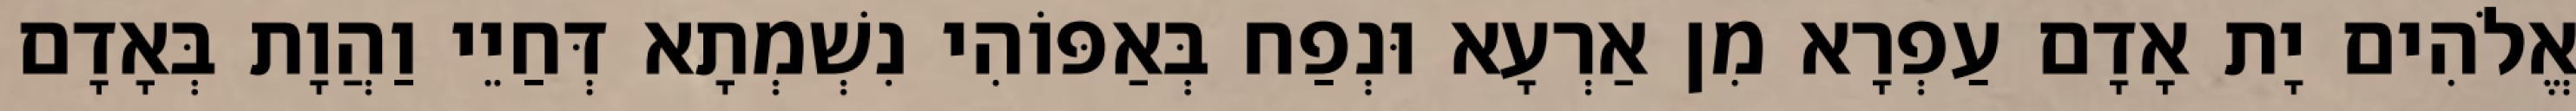
אֱלֹהִים יָת אָדָם עַפְרָא מִן אַרְעָא וּנְפַח בְּאַפּוֹהִי נִשְׁמְתָא דְּחַיֵי וַהֲוָת בְּאָדָם